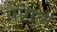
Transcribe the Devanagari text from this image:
पांगल